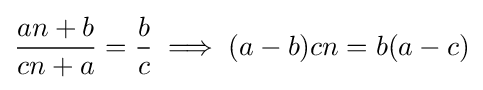
{\frac {an+b}{cn+a}}={\frac {b}{c}}\implies (a-b)cn=b(a-c)